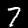
Digit: 7